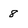
Character: 8